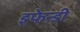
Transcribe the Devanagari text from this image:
इफेन्डी